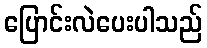
ပြောင်းလဲပေးပါသည်